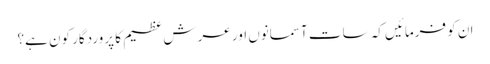
ان کو فرمائیں کہ سات آسمانوں اور عرشِ عظیم کا پروردگار کون ہے؟